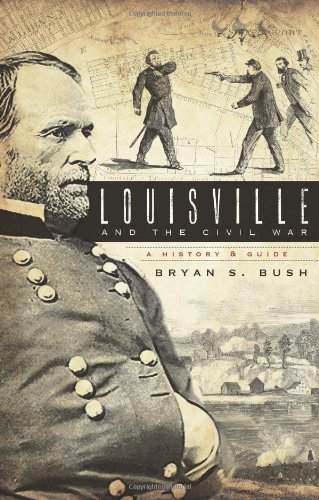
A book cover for Louisville and the Civil War:: A History & Guide (Civil War Series); Bryan S. Bush; Travel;